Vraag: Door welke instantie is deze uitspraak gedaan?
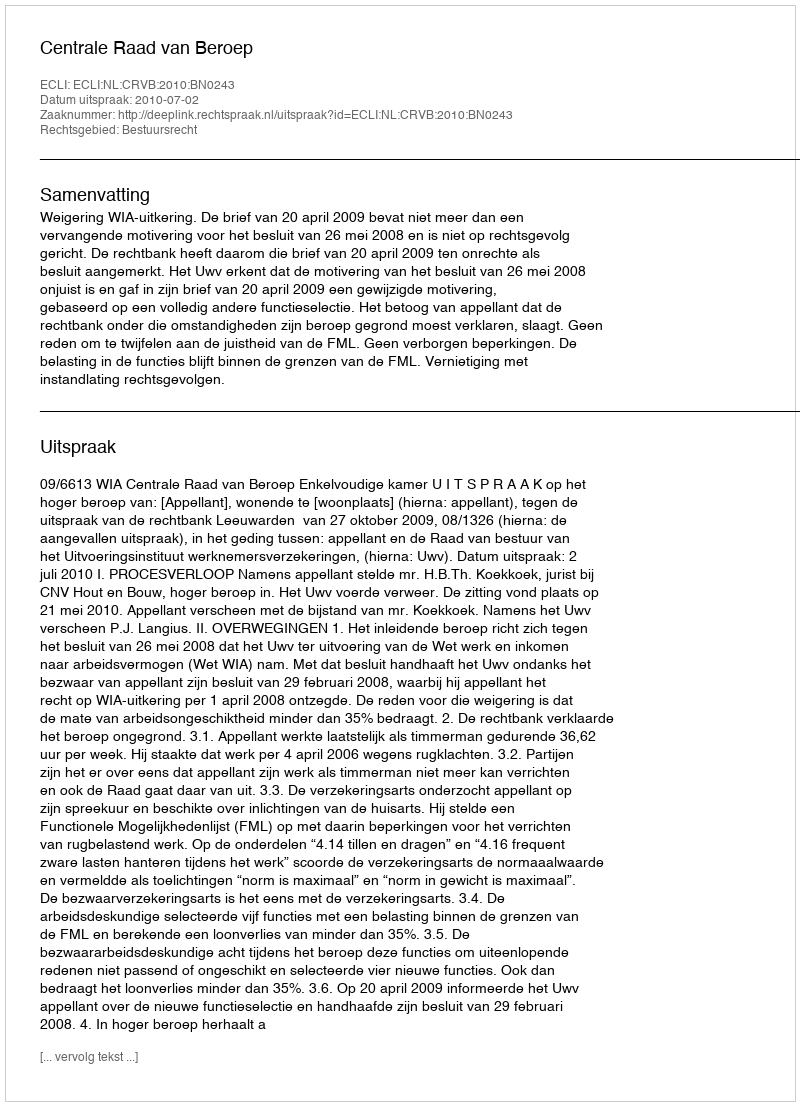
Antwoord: Centrale Raad van Beroep